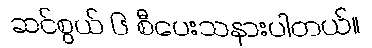
ဆင်စွယ် ၆ စီပေးသနားပါတယ်။